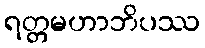
ရတ္တမဟာဘိပဿ